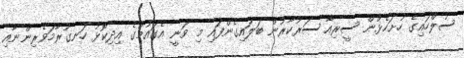
ސުލްހައިގެ ހުށަހެޅުން ސީރިއާ ސަރުކާރުން ބަލައިގެންފައި މި ވަނީ އެގައުމުގެ އިދިކޮޅު ހަނގުރާމަވެރިންނާއި